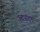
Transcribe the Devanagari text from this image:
आनंदम